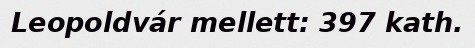
Leopoldvár mellett: 397 kath.